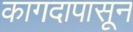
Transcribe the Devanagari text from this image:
कागदापासून